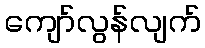
ကျော်လွန်လျက်